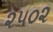
૨૫૦૨